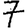
Digit: 7